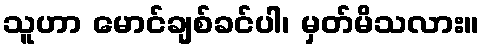
သူဟာ မောင်ချစ်ခင်ပါ၊ မှတ်မိသလား။